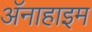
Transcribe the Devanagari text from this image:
अॅनाहाइम